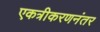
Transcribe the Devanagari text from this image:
एकत्रीकरणनंतर